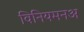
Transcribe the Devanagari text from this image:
विनियमनअ